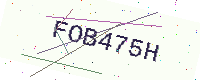
Text: FOB475H